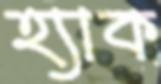
হ্যাক